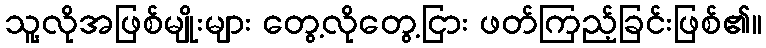
သူ့လိုအဖြစ်မျိုးများ တွေ့လိုတွေ့ငြား ဖတ်ကြည့်ခြင်းဖြစ်၏။